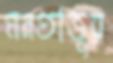
মনতাজুর